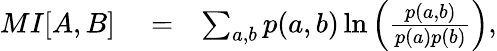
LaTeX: \begin{array}{rlr}{{MI}[A,B]}&{{}=}&{\sum_{a,b}p(a,b)\ln\Big(\frac{p(a,b)}{p(a)p(b)}\Big),}\end{array}